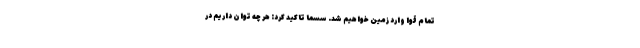
تمام قوا وارد زمین خواهیم شد. سسما تاکید کرد: هر چه توان داریم در